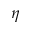
\eta